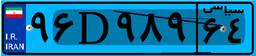
۹۹D۹۹۰۱۰